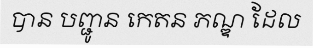
បាន បញ្ជូន កេតន ភណ្ឌ ដែល